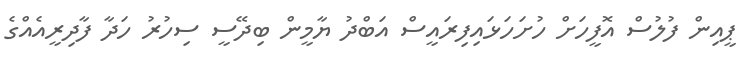
ޕީއިން ފުލުސް އޮފީހަށް ހުށަހަޅައިފިރައީސް އަބްދު ޔާމީން ބިދޭސީ ސިހުރު ހަދާ ފާދިރީއެއްގެ